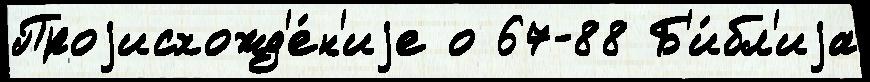
Проjисхожд'е́н'иjе о 67-88 Б'и́бл'иjа